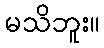
မသိဘူး။